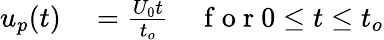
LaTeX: \begin{array}{rlr}{u_{p}(t)}&{{}=\frac{U_{0}t}{t_{o}}}&{\mathrm{~f~o~r~}0\leq t\leq t_{o}}\end{array}